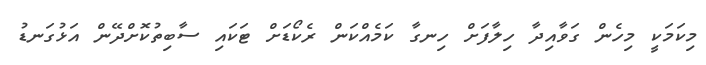
މިކަމަކީ މިހެން ގަވާއިދާ ހިލާފަށް ހިނގާ ކަމެއްކަން ރެކޯޑަށް ޓަކައި ސާބިތުކޮށްދޭން އަޅުގަނޑު